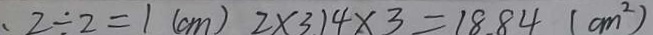
、 2 \div 2 = 1 ( c m ) 2 \times 3 1 4 \times 3 = 1 8 8 4 ( c m ^ { 2 } )